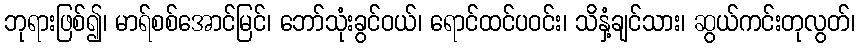
ဘုရားဖြစ်၍၊ မာရ်စစ်အောင်မြင်၊ ဘော်သုံးခွင်ဝယ်၊ ရောင်ထင်ပဝင်း၊ သိနှံ့ချင်သား၊ ဆွယ်ကင်းတုလွတ်၊